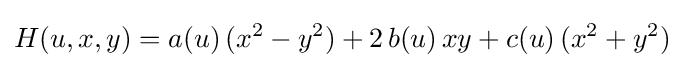
H(u,x,y)=a(u)\,(x^{2}-y^{2})+2\,b(u)\,xy+c(u)\,(x^{2}+y^{2})